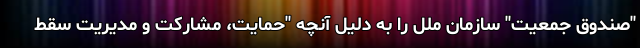
"صندوق جمعیت" سازمان ملل را به دلیل آنچه "حمایت، مشارکت و مدیریت سقط